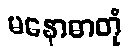
မနောဓာတုံ